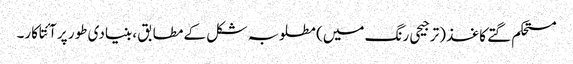
مستحکم گتے کاغذ (ترجیحی رنگ میں) مطلوبہ شکل کے مطابق ، بنیادی طور پر آئتاکار۔